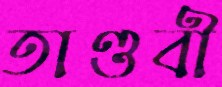
তাণ্ডবী